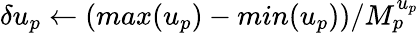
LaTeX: \delta u_{p}\gets(max(u_{p})-min(u_{p}))/M_{p}^{u_{p}}